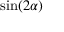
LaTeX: \sin ( 2 \alpha )